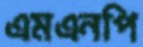
এমএনপি